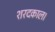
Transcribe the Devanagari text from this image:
शरदकाल।